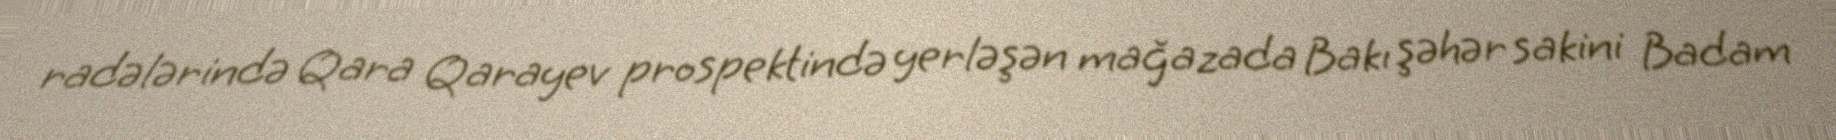
radələrində Qara Qarayev prospektində yerləşən mağazada Bakı şəhər sakini Badam